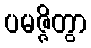
ပမဇ္ဇိတွာ